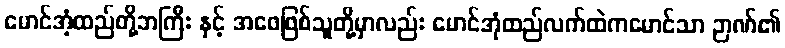
မောင်အံ့ထည်တို့ဘကြီး နှင့် အဖေဖြစ်သူတို့မှာလည်း မောင်အုံထည်လက်ထဲကမောင်သာ ဉာဏ်၏